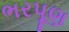
ભરપૂણ